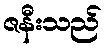
ဇနီးသည်